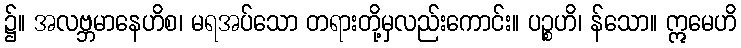
၌။ အလဗ္ဘမာနေဟိစ၊ မရအပ်သော တရားတို့မှလည်းကောင်း။ ပဉ္စဟိ၊ န်သော။ ဣမေဟိ